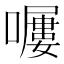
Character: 𡀿